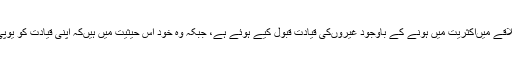
ان کا کہنا ہے کہ مسلمان اپنے علاقے میںاکثریت میں ہونے کے باوجود غیروںکی قیادت قبول کیے ہوئے ہے، جبکہ وہ خود اس حیثیت میں ہیںکہ اپنی قیادت کو یوپی کے ایوان تک پہنچا سکتے ہیں۔